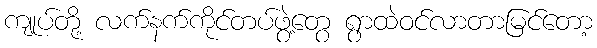
ကျုပ်တို့ လက်နက်ကိုင်တပ်ဖွဲ့တွေ ရွာထဲဝင်လာတာမြင်တော့